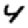
Digit: 4